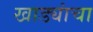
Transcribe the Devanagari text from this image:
खाड्यांचा